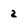
Character: 2